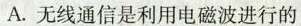
A. 无线通信是利用电磁波进行的